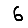
Digit: 6